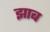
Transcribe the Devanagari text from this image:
झाब